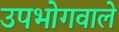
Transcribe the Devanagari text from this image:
उपभोगवाले